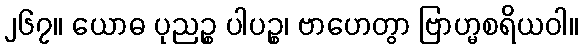
၂၆၇။ ယောဓ ပုညဉ္စ ပါပဉ္စ၊ ဗာဟေတွာ ဗြာဟ္မစရိယဝါ။